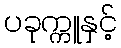
ပခုက္ကူနှင့်